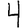
Digit: 4